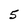
Character: 5